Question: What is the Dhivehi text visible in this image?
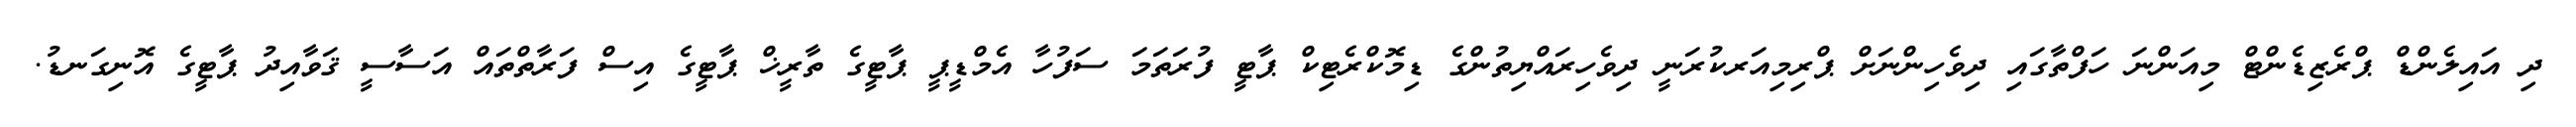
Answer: ދި އައިލެންޑް ޕްރެޒިޑެންޓް މިއަންނަ ހަފްތާގައި ދިވެހިންނަށް ޕްރިމިއަރކުރަނީ ދިވެހިރައްޔިތުންގެ ޑިމޮކްރެޓިކް ޕާޓީ ފުރަތަމަ ސަފުހާ އެމްޑީޕީ ޕާޓީގެ ތާރީޚް ޕާޓީގެ އިސް ފަރާތްތައް އަސާސީ ޤަވާއިދު ޕާޓީގެ އޮނިގަނޑު.